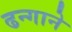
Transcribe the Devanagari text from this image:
ढन्गाने